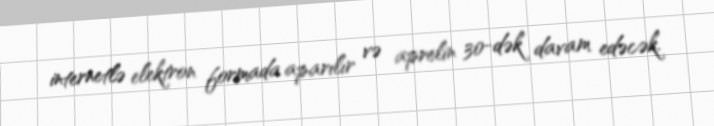
internetlə elektron formada aparılır və aprelin 30-dək davam edəcək.